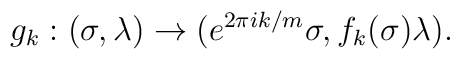
g_k:(\sigma,\lambda) \rightarrow (e^{2 \pi i k/m} \sigma,f_k(\sigma) \lambda).